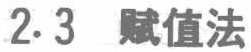
2.3 赋值法